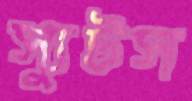
স্যুটস